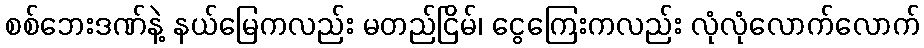
စစ်ဘေးဒဏ်နဲ့ နယ်မြေကလည်း မတည်ငြိမ်၊ ငွေကြေးကလည်း လုံလုံလောက်လောက်